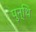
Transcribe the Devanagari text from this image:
पुन्थि